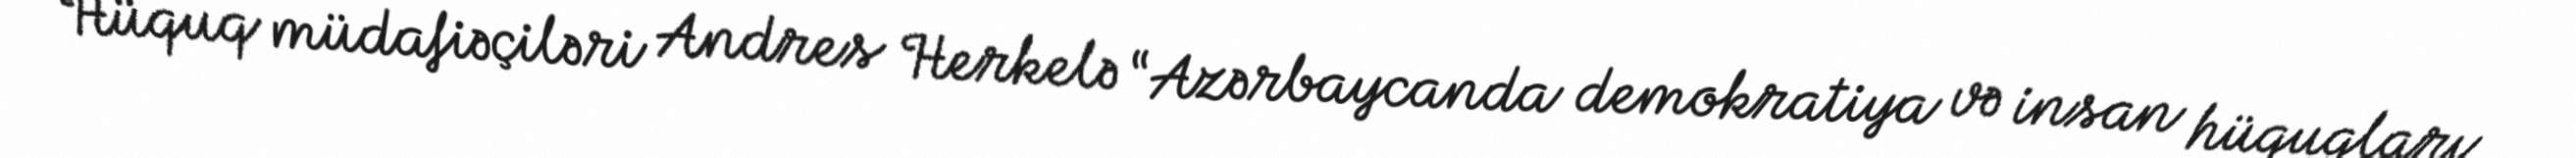
Hüquq müdafiəçiləri Andres Herkelə “Azərbaycanda demokratiya və insan hüquqları